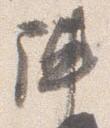
陣